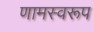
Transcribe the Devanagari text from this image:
णामस्वरूप